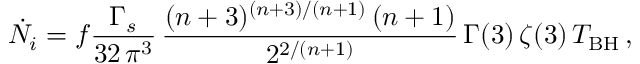
\dot { N _ { i } } = f \frac { \Gamma _ { s } } { 3 2 \, \pi ^ { 3 } } \, \frac { ( n + 3 ) ^ { ( n + 3 ) / ( n + 1 ) } \, ( n + 1 ) } { 2 ^ { 2 / ( n + 1 ) } } \, \Gamma ( 3 ) \, \zeta ( 3 ) \, T _ { \mathrm { B H } } \, ,